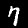
Label: 7